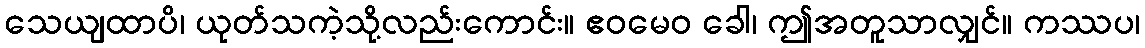
သေယျထာပိ၊ ယုတ်သကဲ့သို့လည်းကောင်း။ ဧဝမေဝ ခေါ၊ ဤအတူသာလျှင်။ ကဿပ၊